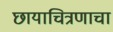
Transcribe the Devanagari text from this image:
छायाचित्रणाचा